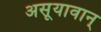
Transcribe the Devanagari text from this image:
असूयावान्